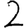
Digit: 2